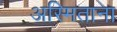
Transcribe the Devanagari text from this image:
अस्मिताना